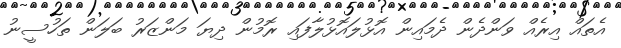
އެތައް އިރެއް ވަންދެން ދެމައިން އޮޅުލައޮޅުލާފައި ރޮމުން ދިޔަ މަންޒަރު ބަލަން ތަހުސީނު